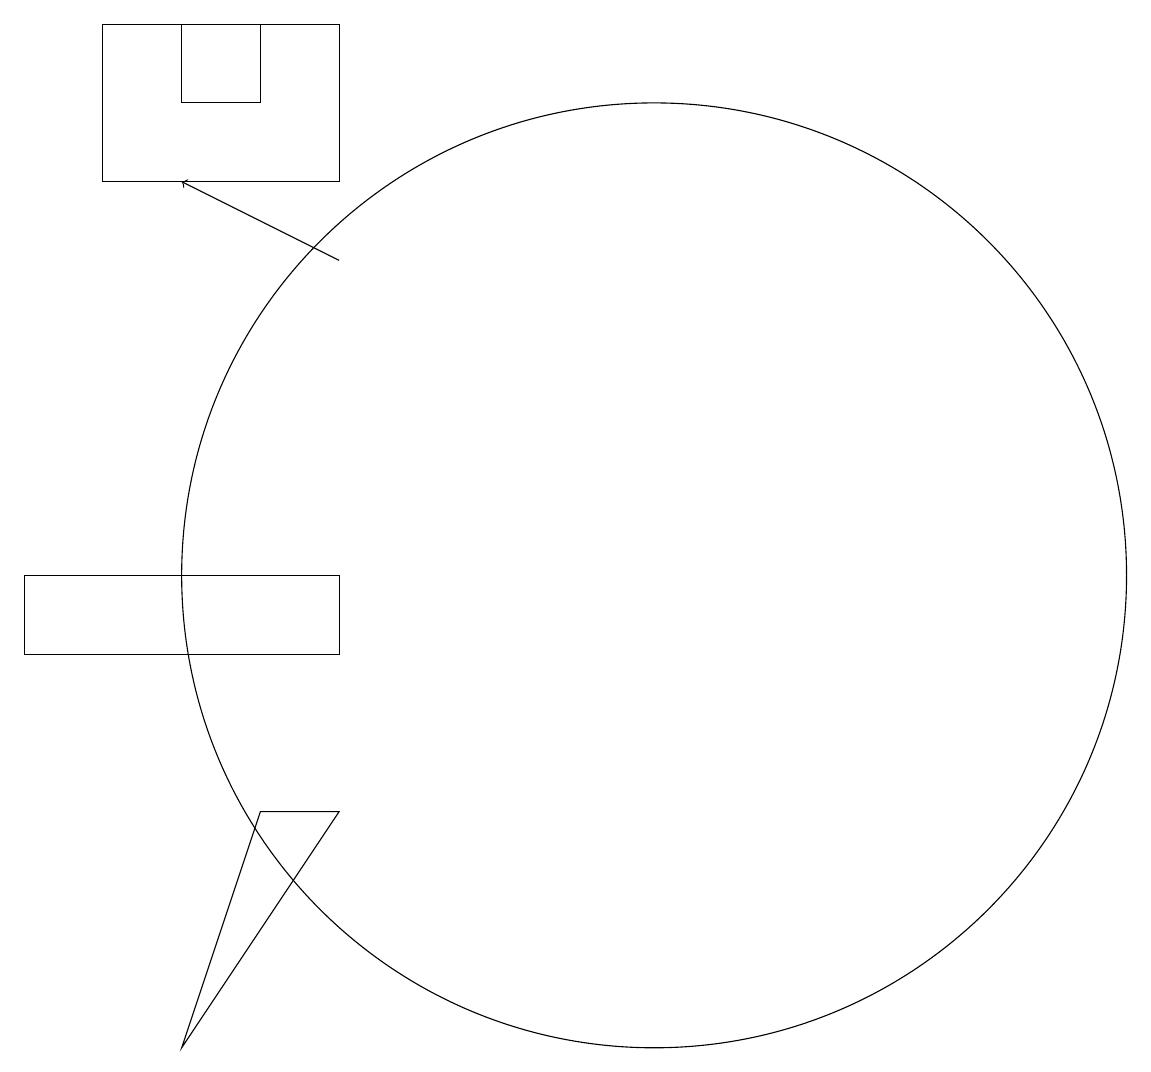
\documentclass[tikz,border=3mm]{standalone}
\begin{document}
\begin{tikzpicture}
\draw (4,16) rectangle (7,18);
\draw[->] (7,15) -- (5,16);
\draw (5,17) rectangle (6,18);
\draw (7,8) -- (6,8) -- (5,5) -- cycle;
\draw (3,10) rectangle (7,11);
\draw (11,11) circle (6);
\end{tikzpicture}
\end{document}